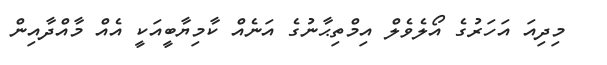
މިދިއަ އަހަރުގެ އޯލެވެލް އިމްތިޙާނުގެ އަނެއް ކާމިޔާބީއަކީ އެއް މާއްދާއިން